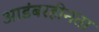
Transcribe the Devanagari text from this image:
आडंबरहीनता